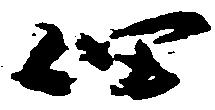
佃